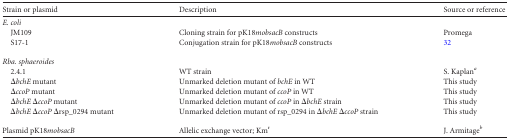
<table><thead><tr><td><b>Strain or plasmid</b></td><td><b>Description</b></td><td><b>Source or reference</b></td></tr></thead><tbody><tr><td>E. coli</td><td></td><td></td></tr><tr><td>JM109</td><td>Cloning strain for pK18<i>mobsacB</i> constructs</td><td>Promega</td></tr><tr><td>S17-1</td><td>Conjugation strain for pK18<i>mobsacB</i> constructs</td><td>32</td></tr><tr><td>Rba. sphaeroides</td><td></td><td></td></tr><tr><td>2.4.1</td><td>WT strain</td><td>S. Kaplan<sup><i>a</i></sup></td></tr><tr><td>Δ<i>bchE</i> mutant</td><td>Unmarked deletion mutant of <i>bchE</i> in WT</td><td>This study</td></tr><tr><td>Δ<i>ccoP</i> mutant</td><td>Unmarked deletion mutant of <i>ccoP</i> in WT</td><td>This study</td></tr><tr><td>Δ<i>bchE</i> Δ<i>ccoP</i> mutant</td><td>Unmarked deletion mutant of <i>ccoP</i> in Δ<i>bchE</i> strain</td><td>This study</td></tr><tr><td>Δ<i>bchE</i> Δ<i>ccoP</i> Δrsp_0294 mutant</td><td>Unmarked deletion mutant of rsp_0294 in Δ<i>bchE</i> Δ<i>ccoP</i> strain</td><td>This study</td></tr><tr><td>Plasmid pK18<i>mobsacB</i></td><td>Allelic exchange vector; Km<sup>r</sup></td><td>J. Armitage<sup><i>b</i></sup></td></tr></tbody></table>